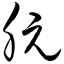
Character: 朊